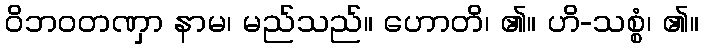
ဝိဘဝတဏှာ နာမ၊ မည်သည်။ ဟောတိ၊ ၏။ ဟိ-သစ္စံ၊ ၏။